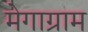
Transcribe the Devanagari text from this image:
मेगाग्राम